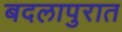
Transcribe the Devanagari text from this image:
बदलापुरात